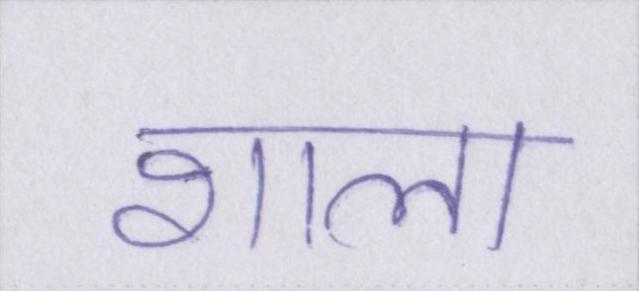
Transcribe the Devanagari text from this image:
शाला